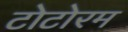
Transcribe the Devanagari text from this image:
टोटोरम